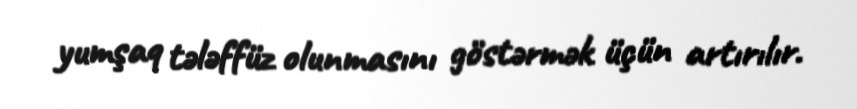
yumşaq tələffüz olunmasını göstərmək üçün artırılır.